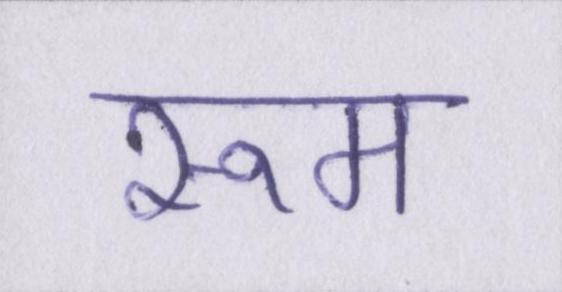
रूम